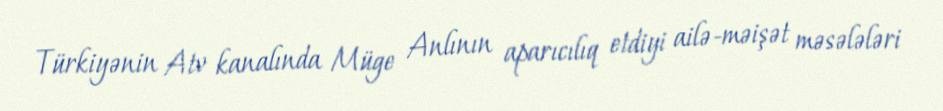
Türkiyənin Atv kanalında Müge Anlının aparıcılıq etdiyi ailə-məişət məsələləri